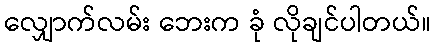
လျှောက်လမ်း ဘေးက ခုံ လိုချင်ပါတယ်။